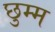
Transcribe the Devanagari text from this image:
छुम्म